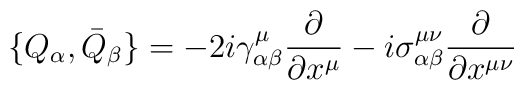
\bigl\{Q_\alpha,\bar Q_\beta\bigr\}=-2i\gamma^\mu_{\alpha\beta}\frac{\partial}{\partial x^\mu}-i\sigma^{\mu\nu}_{\alpha\beta}\frac{\partial}{\partial x^{\mu\nu}}